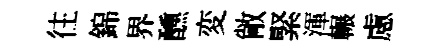
往錦界醺変敞緊渾輾慮